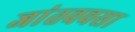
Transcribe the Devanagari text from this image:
जांतववसा